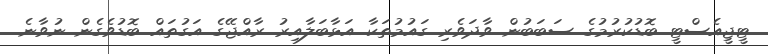
ޓީޖީއެސްޓީ ބޮޑުކުރުމުގެ ސަބަބުން ވާދަވެރި ގައުމުތަކާ އަޅާބަލާއިރު ރާއްޖޭގެ އަގުތައް ބޮޑުވެގެން ނުވާނެ